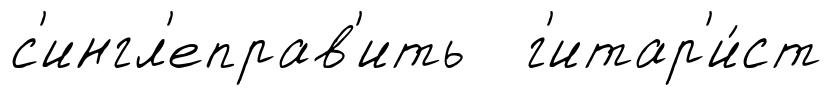
с'ингл'еправ'ить г'итар'и́ст